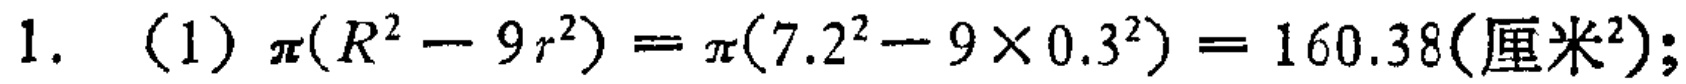
1. （1）\(\pi(R^{2}-9r^{2})=\pi(7.2^{2}-9\times0.3^{2}) = 160.38(\text{厘米}^{2})\);